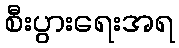
စီးပွားရေးအရ